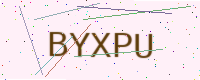
Text: BYXPU